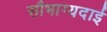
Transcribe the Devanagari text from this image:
सौभाग्यदाई